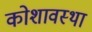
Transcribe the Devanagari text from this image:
कोशावस्था